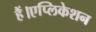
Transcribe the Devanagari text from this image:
हैं।एप्लिकेशन